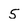
Character: 5